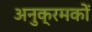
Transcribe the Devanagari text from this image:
अनुक्रमकों